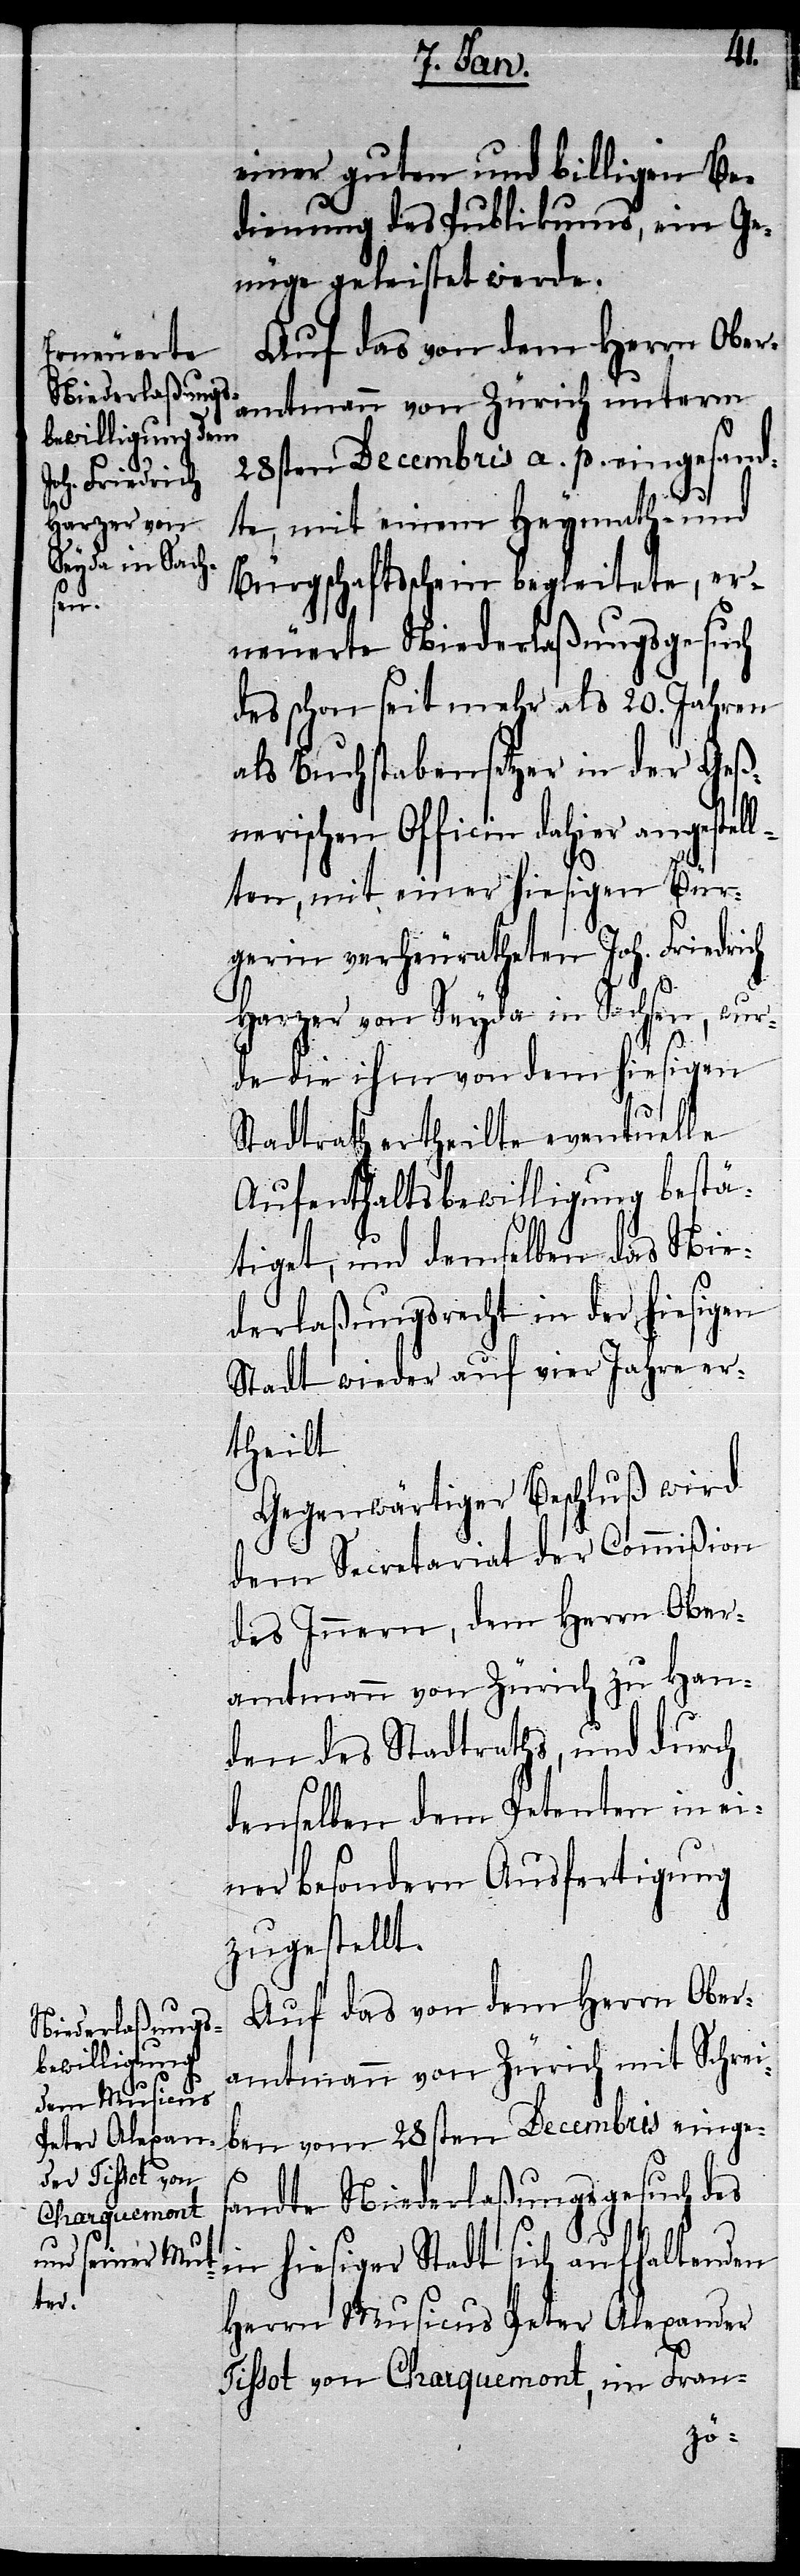
t[.]
einer guten und billigen Be¬
dienung des Publikums, ein Ge¬
nüge geleistet werde.
Auf das von dem Herrn Ober¬
amtmann von Zürich unterm
28sten Decembris a. p. eingesand¬
te, mit einem Heymath- und
Bürgschaftsschein begleitete, er¬
neuerte Niederlaßungsgesuch
des schon seit mehr als 20. Jahren
als Buchstabensetzer in der Geß¬
nerischen Officin dahier angestel¬
lten, mit einer hiesigen Bür¬
gerin verheuratheten Joh. Friedrich
Harzer von Seyda in Sachsen, wur¬
de die ihm von dem hiesigen
Stadtrath ertheilte eventuelle
Aufenthaltsbewilligung bestä¬
tiget, und demselben das Nie¬
derlaßungsrecht in der hiesigen
Stadt wieder auf vier Jahre er¬
theil¬
Gegenwärtiger Beschluß wird
dem Secretariat der Commißion
des Innern, dem Herrn Ober¬
amtmann von Zürich zu Han¬
den des Stadtraths, und durch
denselben dem Petenten in ei¬
ner besondern Ausfertigung
zugestellt.
Auf das von dem Herrn Ober¬
amtmann von Zürich mit Schrei¬
ben vom 28sten Decembris einge¬
sandte Niederlaßungsgesuch des
in hiesiger Stadt sich aufhaltenden
Herrn Musicus Peter Alexander
Tissot von Charquemont, im Fran-